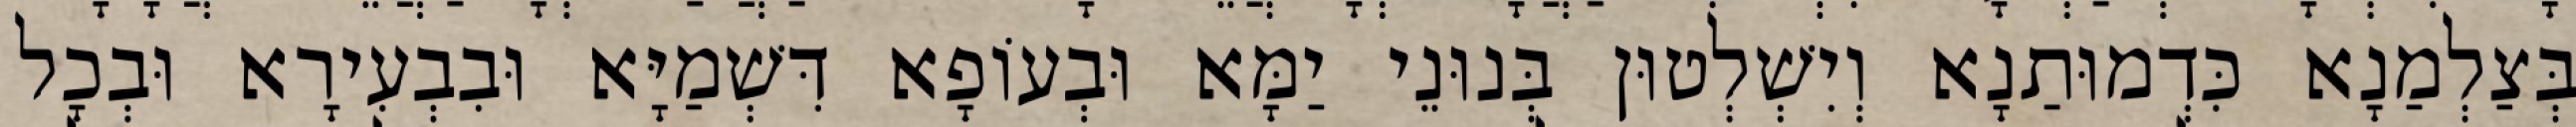
בְּצַלְמַנָא כִּדְמוּתַנָא וְיִשְׁלְטוּן בְּנוּנֵי יַמָּא וּבְעוֹפָא דִּשְׁמַיָּא וּבִבְעִירָא וּבְכָל